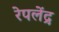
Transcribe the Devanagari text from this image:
रेपलेंद्र